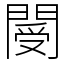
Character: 閿